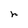
Character: n